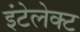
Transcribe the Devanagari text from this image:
इंटेलेक्ट